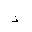
Letter: _thal